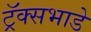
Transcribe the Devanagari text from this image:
ट्रॅक्सभाडे